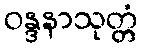
ဝန္ဒနာသုတ္တံ